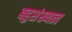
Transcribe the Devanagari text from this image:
बहुसंख्यत्व